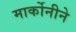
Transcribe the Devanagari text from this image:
मार्कोनीने